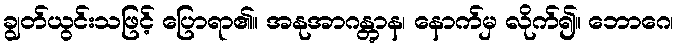
ချွတ်ယွင်းသဖြင့် ပြောရာ၏။ အနုအာဂန္တွာန၊ နောက်မှ လိုက်၍။ ဘောဂေ၊